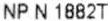
NP N 1882T